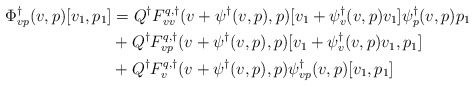
\begin{align*}\Phi^\dagger_{vp}(v,p)[v_1,p_1] &= Q^\dagger F^{q,\dagger}_{vv}(v+\psi^\dagger(v,p),p)[v_1 + \psi_v^\dagger(v,p)v_1]\psi^\dagger_p(v,p)p_1\\&+ Q^\dagger F^{q,\dagger}_{vp}(v+\psi^\dagger(v,p),p)[v_1 + \psi_v^\dagger(v,p)v_1, p_1]\\&+ Q^\dagger F^{q,\dagger}_{v}(v+\psi^\dagger(v,p),p)\psi^\dagger_{vp}(v,p)[v_1,p_1]\end{align*}